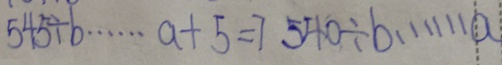
5 4 5 \div b \cdots a + 5 = 7 5 4 0 \div b \cdots a